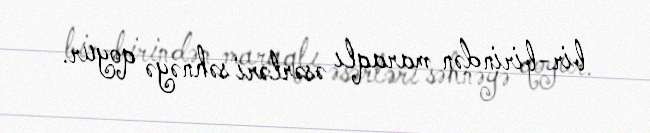
bir-birindən maraqlı əsərləri səhnəyə qoyur.